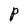
Character: P